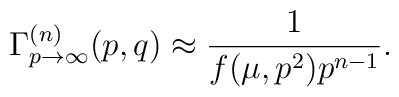
\Gamma _{p\to \infty }^{(n)}(p,q)\approx \frac 1{f(\mu ,p^2)p^{n-1}}.